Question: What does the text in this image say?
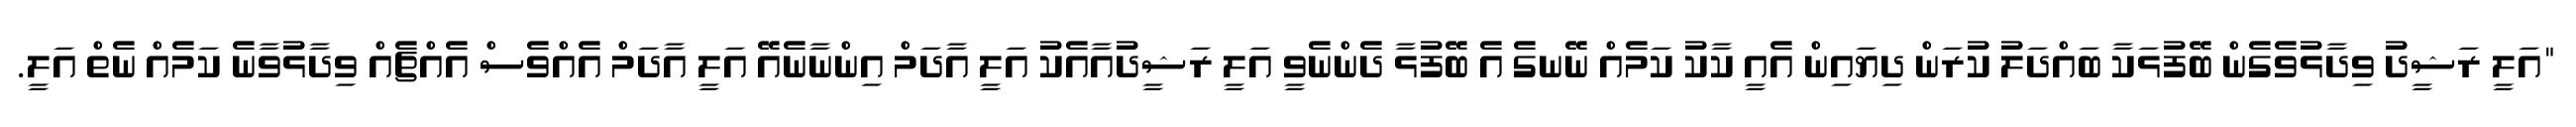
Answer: "އަލީ ރަޝީދު ވިދާޅުވެގެން ބޭފުޅަކާ ބައްދަލު ކުރަން ދިޔައިން އެއީ ކާކު ކަމެއް ނޭނގެ އެ ބޭފުޅާ ދެންނެވީ އަލީ ރަޝީދުއާއެކު އަލީ އާދަމް އިންނާނެއޭ އަލީ އާދަމް އެއްވެސް އެއްޗެއް ވިދާޅުވާނެ ކަމެއް ނެތް އަލީ.